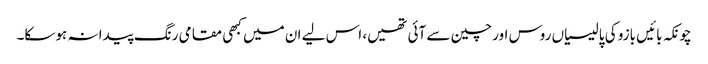
چونکہ بائیں بازو کی پالیسیاں روس اور چین سے آئی تھیں، اس لیے ان میں کبھی مقامی رنگ پیدا نہ ہوسکا۔